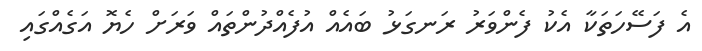
އެ ފަސޭހަތަކާ އެކު ފެންވަރު ރަނގަޅު ބައެއް އުފެެެއްދުންތައް ވަރަށް ހެޔޮ އަގެއްގައި